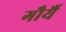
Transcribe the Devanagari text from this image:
गौर्यै